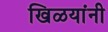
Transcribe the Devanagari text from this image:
खिळयांनी